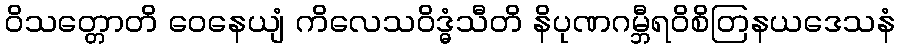
ဝိသတ္တောတိ ဝေနေယျံ ကိလေသဝိဒ္ဓံသီတိ နိပုဏဂမ္ဘီရဝိစိတြနယဒေသနံ